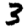
Digit: 3